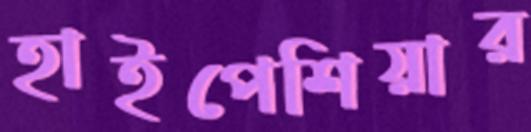
হাইপেশিয়ার